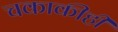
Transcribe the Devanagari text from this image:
चकाकीही